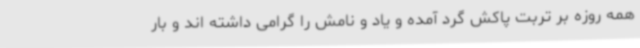
همه روزه بر تربت پاکش گرد آمده و یاد و نامش را گرامی داشته اند و بار